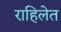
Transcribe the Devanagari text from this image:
राहिलेत